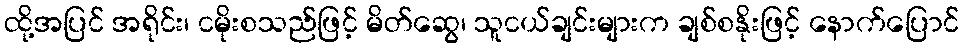
ထို့အပြင် အရိုင်း၊ ငမိုးစသည်ဖြင့် မိတ်ဆွေ၊ သူငယ်ချင်းများက ချစ်စနိုးဖြင့် နောက်ပြောင်